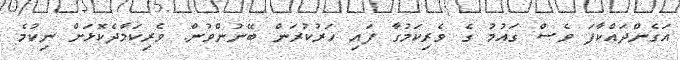
އަގެންދައްކާފަ ވެސް ގައުމު ގެ ވެރިކަމުގާ ފައި ހަރުކުރަން ބޭނުންވުން. ވެރިކަމާދެކޮޅަށް ނިކުމެ